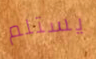
يستلم